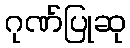
ဂုဏ်ပြုဆု